Scottish Leaving Certificate Examination, 1959
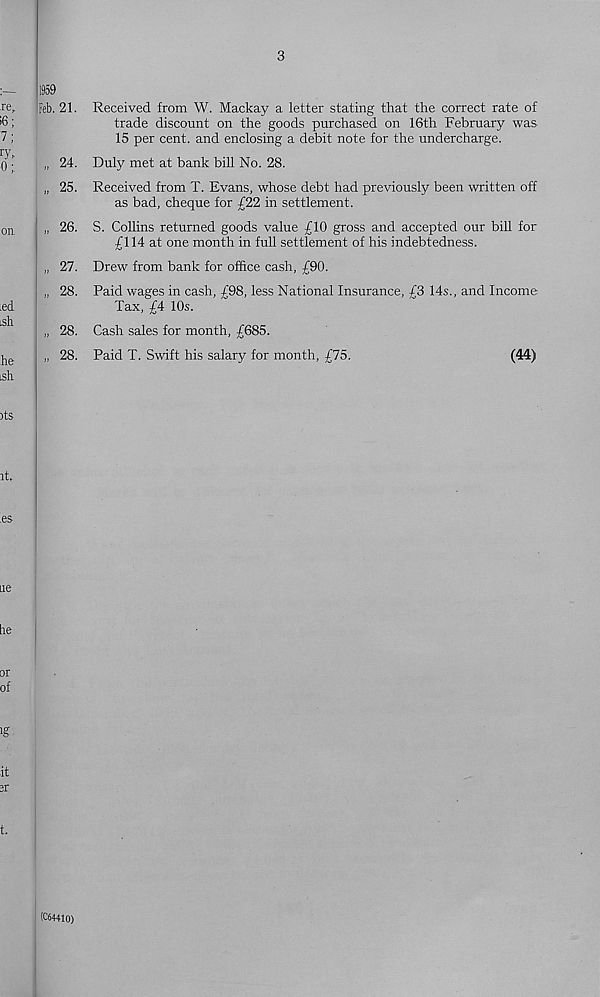
3
1959
Feb. 21. Received from W. Mackay a letter stating that the correct rate of
trade discount on the goods purchased on 16th February was
15 per cent, and enclosing a debit note for the undercharge.
„ 24. Duly met at bank bill No. 28.
„ 25. Received from T. Evans, whose debt had previously been written off
as bad, cheque for £22 in settlement.
„ 26. S. Collins returned goods value £10 gross and accepted our bill for
£114 at one month in full settlement of his indebtedness.
„ 27. Drew from bank for office cash, £90.
„ 28. Paid wages in cash, £98, less National Insurance, £3 14s., and Income
Tax, £4 10s.
„ 28. Cash sales for month, £685.
„ 28. Paid T. Swift his salary for month, £75.
(44)
(C64410)